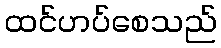
ထင်ဟပ်စေသည်